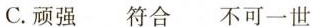
C.顽强符合不可一世